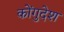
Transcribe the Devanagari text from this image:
कोंगुदेश